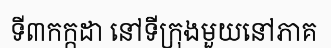
ទី៣កក្កដា នៅទីក្រុងមួយនៅភាគ